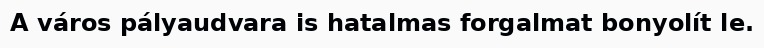
A város pályaudvara is hatalmas forgalmat bonyolít le.